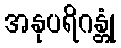
အနုပရိဂန္တုံ